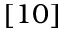
[ 1 0 ]